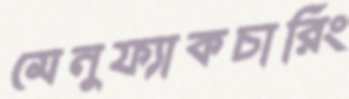
মেনুফ্যাকচারিং